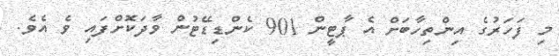
މި ފަހަރުގެ އިންތިހާބަށް އެ ޕާޓީން 901 ކެންޑިޑޭޓުން ވާދަކޮށްފައި ވެ އެވެ.